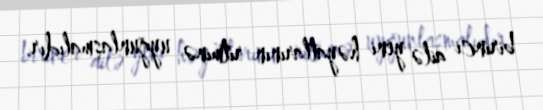
birinci ailə yeni həyatlarının ritminə uyğunlaşmalıdır.